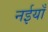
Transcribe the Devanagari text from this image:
नईयाँ